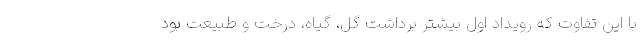
با این تفاوت که رویداد اول بیشتر برداشت گل، گیاه، درخت و طبیعت بود